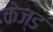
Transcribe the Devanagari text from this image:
केज्ड